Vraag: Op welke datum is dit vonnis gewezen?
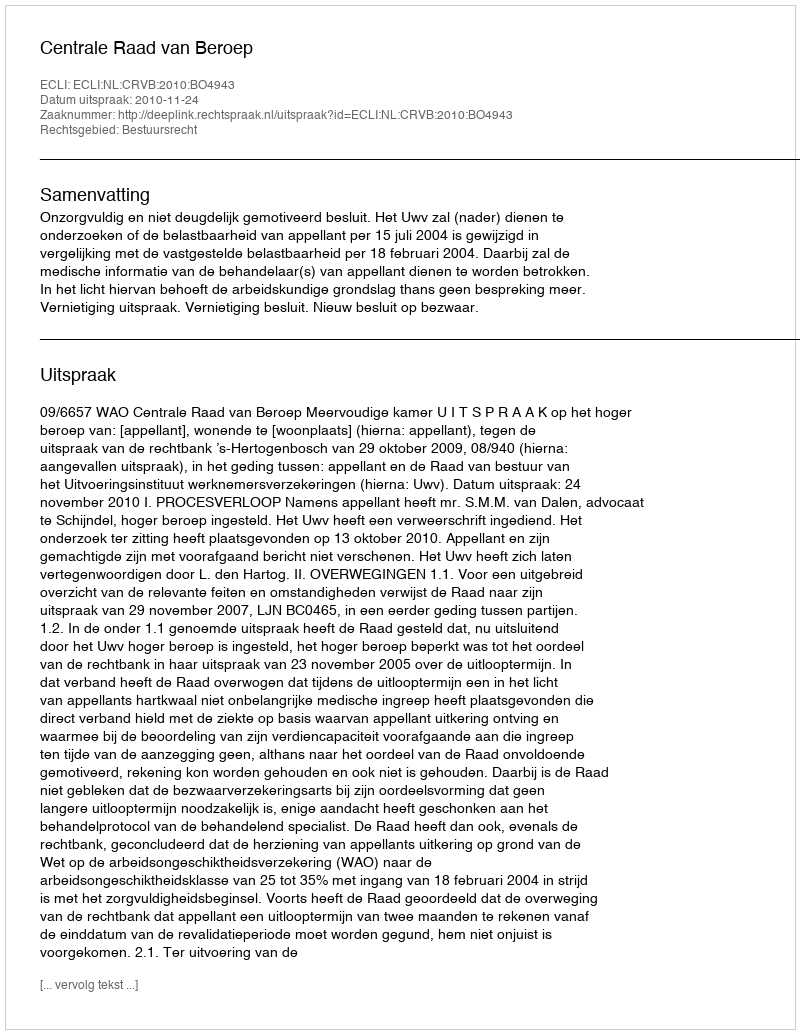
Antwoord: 2010-11-24